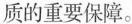
质的重要保障。